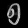
Digit: ၅